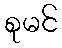
စုမင်